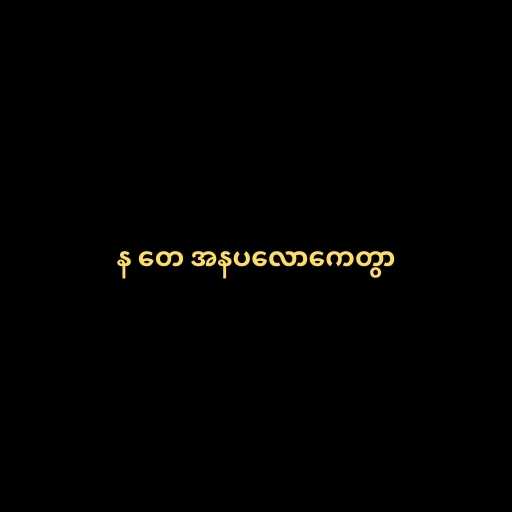
န တေ အနပလောကေတွာ